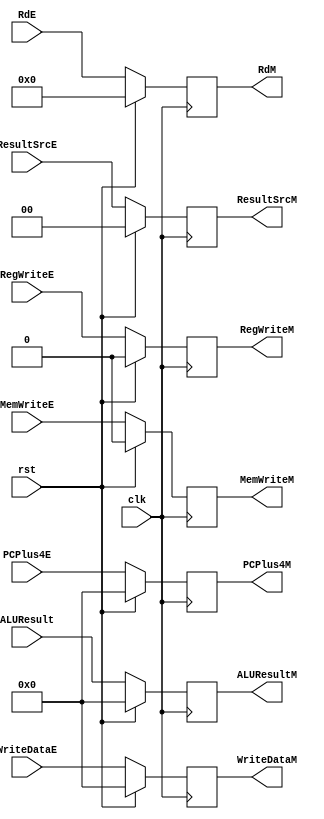
module third_register (
    input      [31:0] WriteDataE,
    input      [31:0] ALUResult,
    input      [31:0] PCPlus4E,
    input      [4:0]  RdE,
    input             clk,
    input             rst,
    input             RegWriteE,
    input             MemWriteE,
    input      [1:0]  ResultSrcE,
    output reg [31:0] ALUResultM,
    output reg [31:0] WriteDataM,
    output reg [31:0] PCPlus4M,
    output reg [4:0]  RdM,
    output reg        RegWriteM,
    output reg        MemWriteM,
    output reg [1:0]  ResultSrcM
);
    always @(posedge clk) begin
        if (rst) begin
           RegWriteM  <= 0;
           MemWriteM  <= 0;
           ResultSrcM <= 2'b00;
           ALUResultM <= 32'd0;
           WriteDataM <= 32'd0;
           RdM        <= 5'd0;
           PCPlus4M   <= 32'd0;
        end
        else begin
           RegWriteM  <= RegWriteE;
           MemWriteM  <= MemWriteE;
           ResultSrcM <= ResultSrcE;
           ALUResultM <= ALUResult;
           WriteDataM <= WriteDataE;
           RdM        <= RdE;
           PCPlus4M   <= PCPlus4E;
        end
    end
    
endmodule